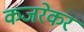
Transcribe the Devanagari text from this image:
कजरेकर